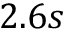
2 . 6 s